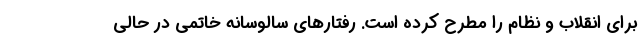
برای انقلاب و نظام را مطرح کرده است. رفتارهای سالوسانه خاتمی در حالی